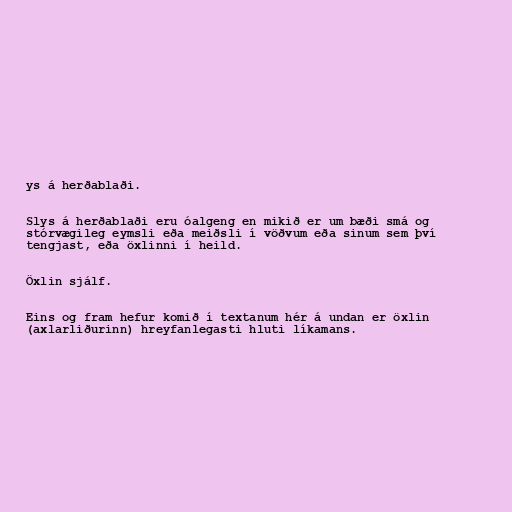
ys á herðablaði.

Slys á herðablaði eru óalgeng en mikið er um bæði smá og
stórvægileg eymsli eða meiðsli í vöðvum eða sinum sem því
tengjast, eða öxlinni í heild.

Öxlin sjálf.

Eins og fram hefur komið í textanum hér á undan er öxlin
(axlarliðurinn) hreyfanlegasti hluti líkamans.